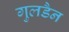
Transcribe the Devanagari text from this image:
गुलडैन